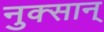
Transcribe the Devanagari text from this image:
नुक्सान्